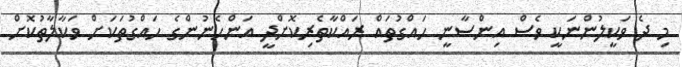
މި ދެ ވަކީލުންނަކީ ވެސް އިންސާނީ ހައްގުތައް ރައްކާތެރިކޮށްދީ އަންހެނުންގެ ހައްގުތަކަށް ވަކާލާތުކޮށް